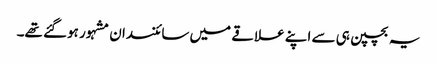
یہ بچپن ہی سے اپنے علاقے میں سائنسدان مشہور ہوگئے تھے۔